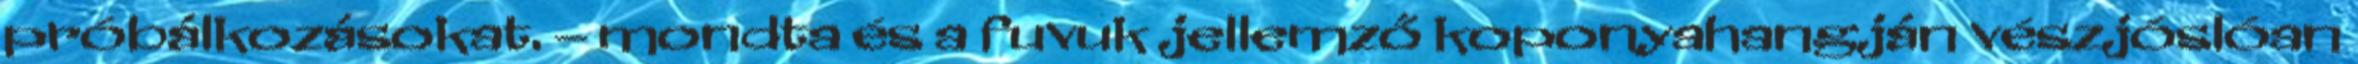
próbálkozásokat. – mondta és a fuvuk jellemző koponyahangján vészjóslóan